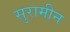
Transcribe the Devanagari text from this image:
सुरामीन